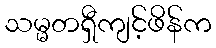
သမ္မတရှီကျင့်ဖိန်က